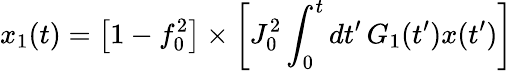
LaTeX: x_{1}(t)=\big[1-f_{0}^{2}\big]\times\left[J_{0}^{2}\int_{0}^{t}dt^{\prime}\, G_{1}(t^{\prime})x(t^{\prime})\right]